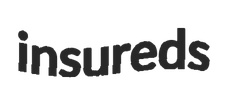
insureds